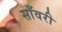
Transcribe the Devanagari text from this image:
साँवरी